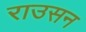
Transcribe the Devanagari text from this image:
राउसन